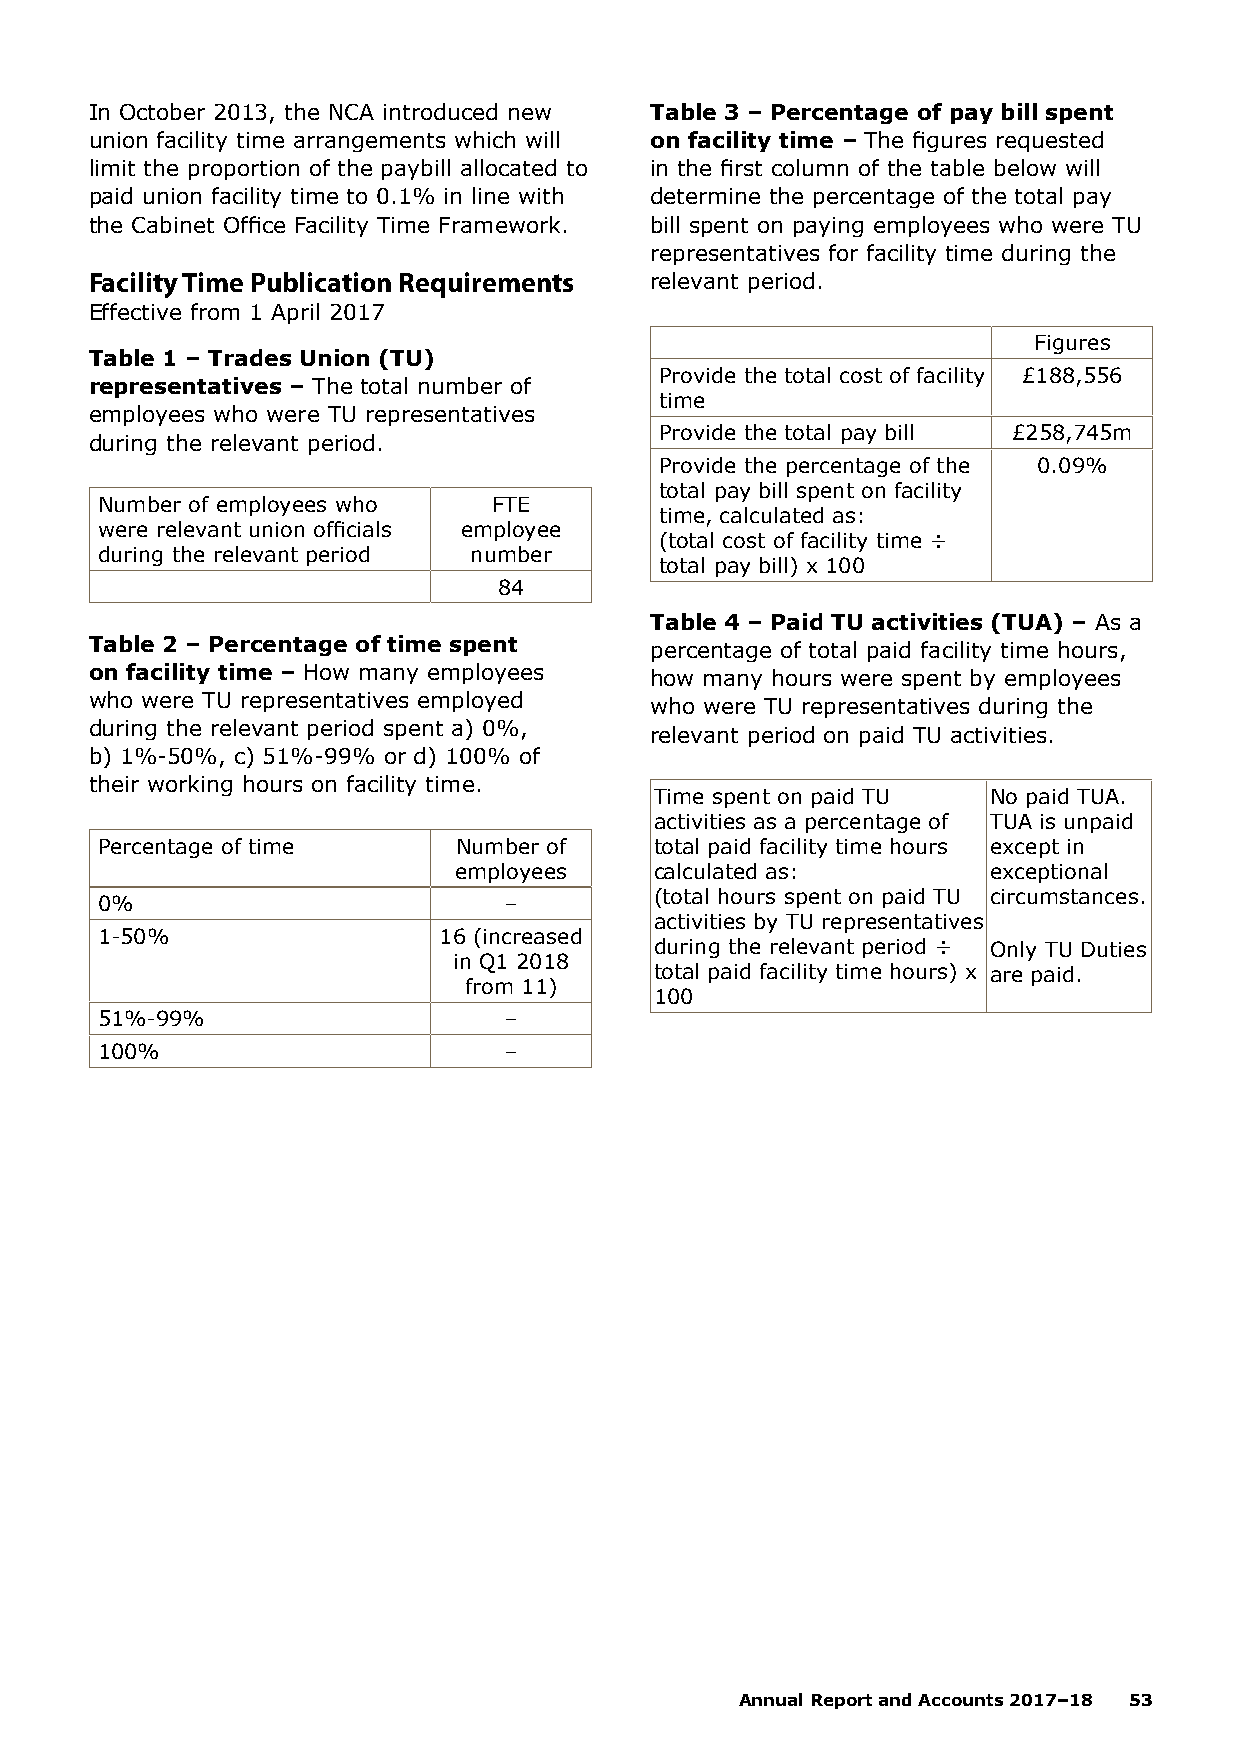
In October 2013, the NCA introduced new Table 3 – Percentage of pay bill spent
 union facility time arrangements which will on facility time – The figures requested
 limit the proportion of the paybill allocated to in the first column of the table below will
 paid union facility time to 0.1% in line with determine the percentage of the total pay
 the Cabinet Office Facility Time Framework. bill spent on paying employees who were TU
 representatives for facility time during the
 Facility Time Publication Requirements relevant period.
 Effective from 1 April 2017
 Figures
 Table 1 – Trades Union (TU)
 Provide the total cost of facility £188,556
 representatives – The total number of
 time
 employees who were TU representatives
 Provide the total pay bill £258,745m
 during the relevant period.
 Provide the percentage of the 0.09%
 total pay bill spent on facility
 Number of employees who    FTE
 time, calculated as:
 were relevant union officials employee
 (total cost of facility time ÷
 during the relevant period number
 total pay bill) x 100
 84
 Table 4 – Paid TU activities (TUA) – As a
 Table 2 – Percentage of time spent
 percentage of total paid facility time hours,
 on facility time – How many employees
 how many hours were spent by employees
 who were TU representatives employed
 who were TU representatives during the
 during the relevant period spent a) 0%,
 relevant period on paid TU activities.
 b) 1%-50%, c) 51%-99% or d) 100% of
 their working hours on facility time.
 Time spent on paid TU No paid TUA.
 activities as a percentage of TUA is unpaid
 Percentage of time      Number of    total paid facility time hours except in
 employees    calculated as:        exceptional
 (total hours spent on paid TU circumstances.
 0%                         –
 activities by TU representatives
 1-50%                  16 (increased
 during the relevant period ÷ Only TU Duties
 in Q1 2018
 total paid facility time hours) x are paid.
 from 11)
 100
 51%-99%                    –
 100%                       –
 Annual Report and Accounts 2017–18 53